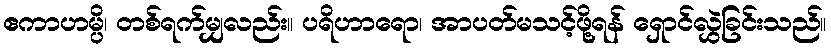
ဧကာဟမ္ပိ၊ တစ်ရက်မျှလည်း။ ပရိဟာရော၊ အာပတ်မသင့်ဖို့ရန် ရှောင်လွှဲခြင်းသည်။